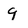
Character: 9